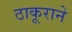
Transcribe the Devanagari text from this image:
ठाकूराने